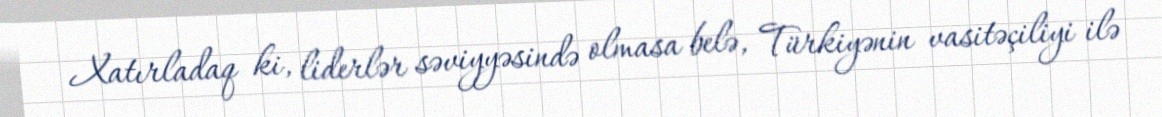
Xatırladaq ki, liderlər səviyyəsində olmasa belə, Türkiyənin vasitəçiliyi ilə